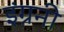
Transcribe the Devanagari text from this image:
इंग्रनी